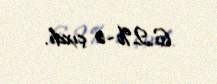
6.2%-ə çıxdı.